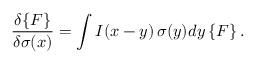
{ \frac { \delta \{ F \} } { \delta \sigma ( x ) } } = \int I ( x - y ) \, \sigma ( y ) d y \, \{ F \} \, .